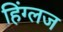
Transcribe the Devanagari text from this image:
हिंग्लज